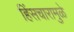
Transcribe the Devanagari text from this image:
हिंसचारामुळे